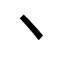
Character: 丶